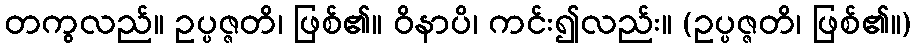
တကွလည်။ ဥပ္ပဇ္ဇတိ၊ ဖြစ်၏။ ဝိနာပိ၊ ကင်း၍လည်း။ (ဥပ္ပဇ္ဇတိ၊ ဖြစ်၏။)